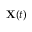
\mathbf { X } ( t )